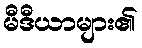
မီဒီယာများ၏